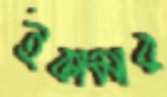
ইকামার